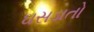
ઘસડાતો